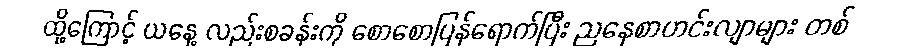
ထို့ကြောင့် ယနေ့ လည်းစခန်းကို စောစောပြန်ရောက်ပြီး ညနေစာဟင်းလျာများ တစ်